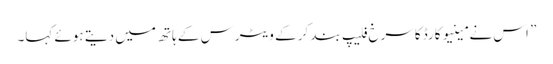
” اس نے مینیو کارڈ کاسرخ فلیپ بند کر کے ویٹرس کے ہاتھ میں دیتے ہوئے کہا۔